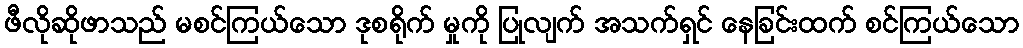
ဖီလိုဆိုဖာသည် မစင်ကြယ်သော ဒုစရိုက် မှုကို ပြုလျက် အသက်ရှင် နေခြင်းထက် စင်ကြယ်သော